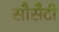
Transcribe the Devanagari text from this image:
सौसैटी